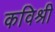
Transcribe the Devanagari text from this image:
कविश्री